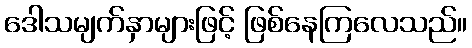
ဒေါသမျက်နှာများဖြင့် ဖြစ်နေကြလေသည်။